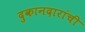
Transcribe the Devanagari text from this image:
दुकानदारांची